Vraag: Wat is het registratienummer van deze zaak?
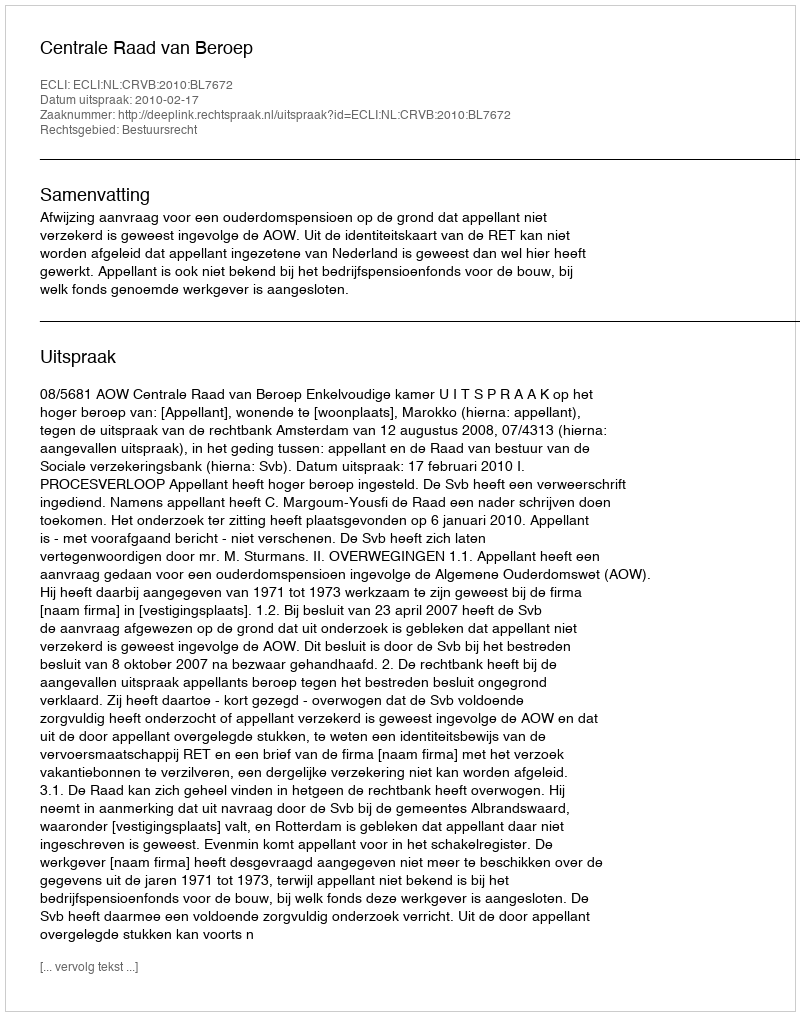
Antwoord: http://deeplink.rechtspraak.nl/uitspraak?id=ECLI:NL:CRVB:2010:BL7672